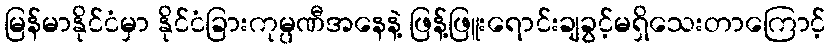
မြန်မာနိုင်ငံမှာ နိုင်ငံခြားကုမ္ပဏီအနေနဲ့ ဖြန့်ဖြူးရောင်းချခွင့်မရှိသေးတာကြောင့်